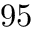
9 5